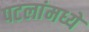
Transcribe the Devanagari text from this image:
पटलांमध्ये